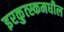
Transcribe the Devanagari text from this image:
इरकुत्स्कमधील